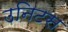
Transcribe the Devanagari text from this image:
उनिटस